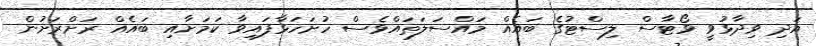
އަދި ވިދާޅުވީ ވޯޓާސް ލިސްޓުގެ ބައެއް މައްސަލަތައްވެސް ހުށަހަޅާފައިވާ ކަމަށާއި ބައެއް ރަށްރަށުން